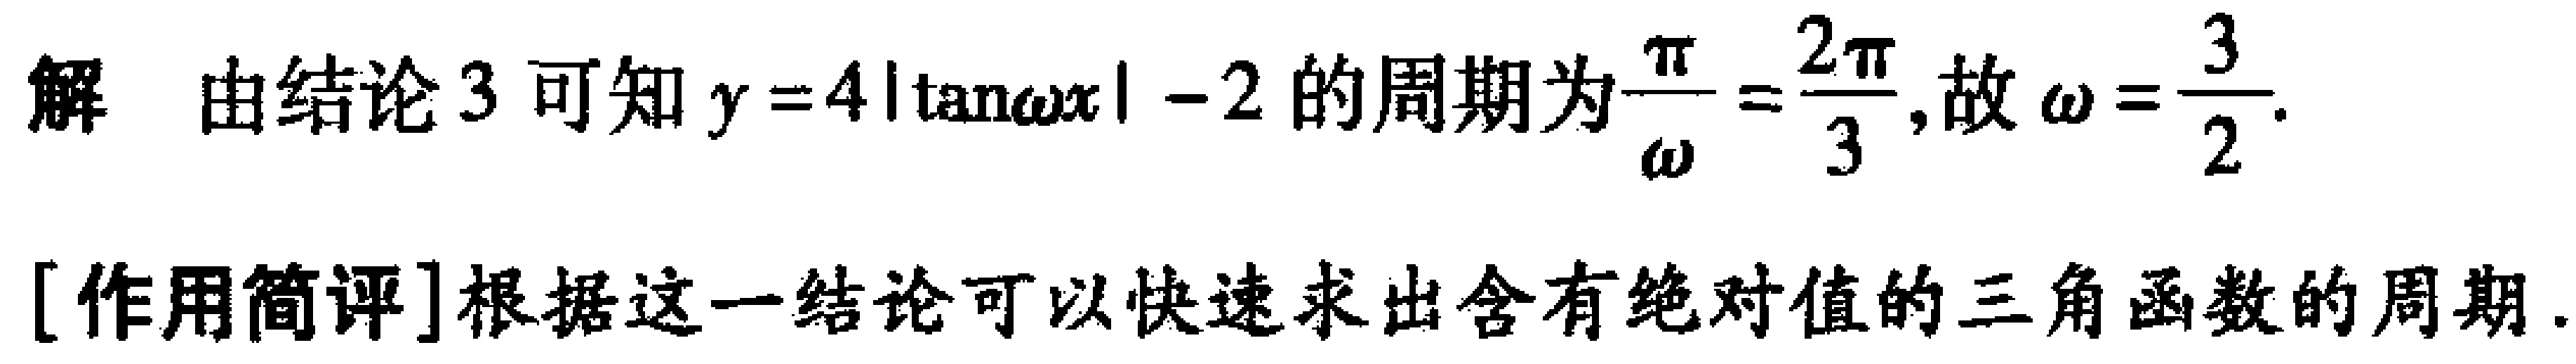
解 由结论 3 可知 \(y = 4|\tan\omega x|-2\) 的周期为\(\frac{\pi}{\omega}=\frac{2\pi}{3}\),故\(\omega=\frac{3}{2}\).

[作用简评]根据这一结论可以快速求出含有绝对值的三角函数的周期.